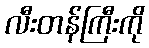
လီးတန်ကြီးကို